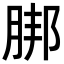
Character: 𦜅